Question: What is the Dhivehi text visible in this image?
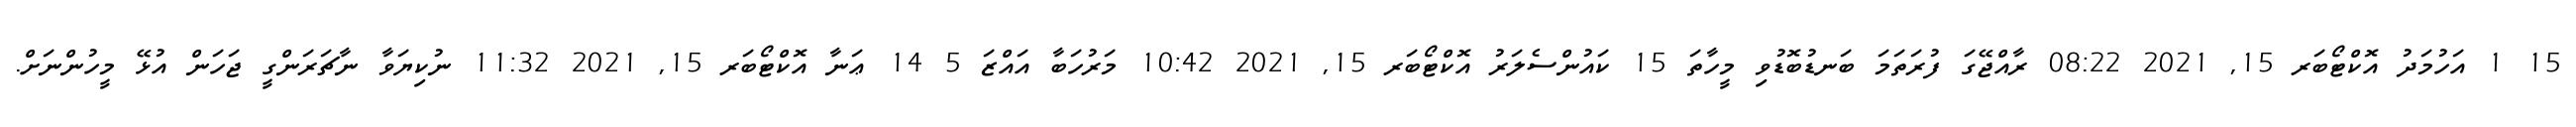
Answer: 15 1 އަހުމަދު އޮކްޓޯބަރ 15, 2021 08:22 ރާއްޖޭގަ ފުރަތަމަ ބަނޑުބޮޑުވި މީހާތަ 15 ކައުންސެލަރު އޮކްޓޯބަރ 15, 2021 10:42 މަރުހަބާ އައްޒަ 5 14 ޢަނާ އޮކްޓޯބަރ 15, 2021 11:32 ނުކިޔަވާ ނާޗަރަންގީ ޖަހަން އުޅޭ މީހުންނަށް.